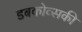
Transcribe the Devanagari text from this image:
डबकोव्सकी